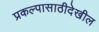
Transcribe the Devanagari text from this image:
प्रकल्पासाठीदेखील